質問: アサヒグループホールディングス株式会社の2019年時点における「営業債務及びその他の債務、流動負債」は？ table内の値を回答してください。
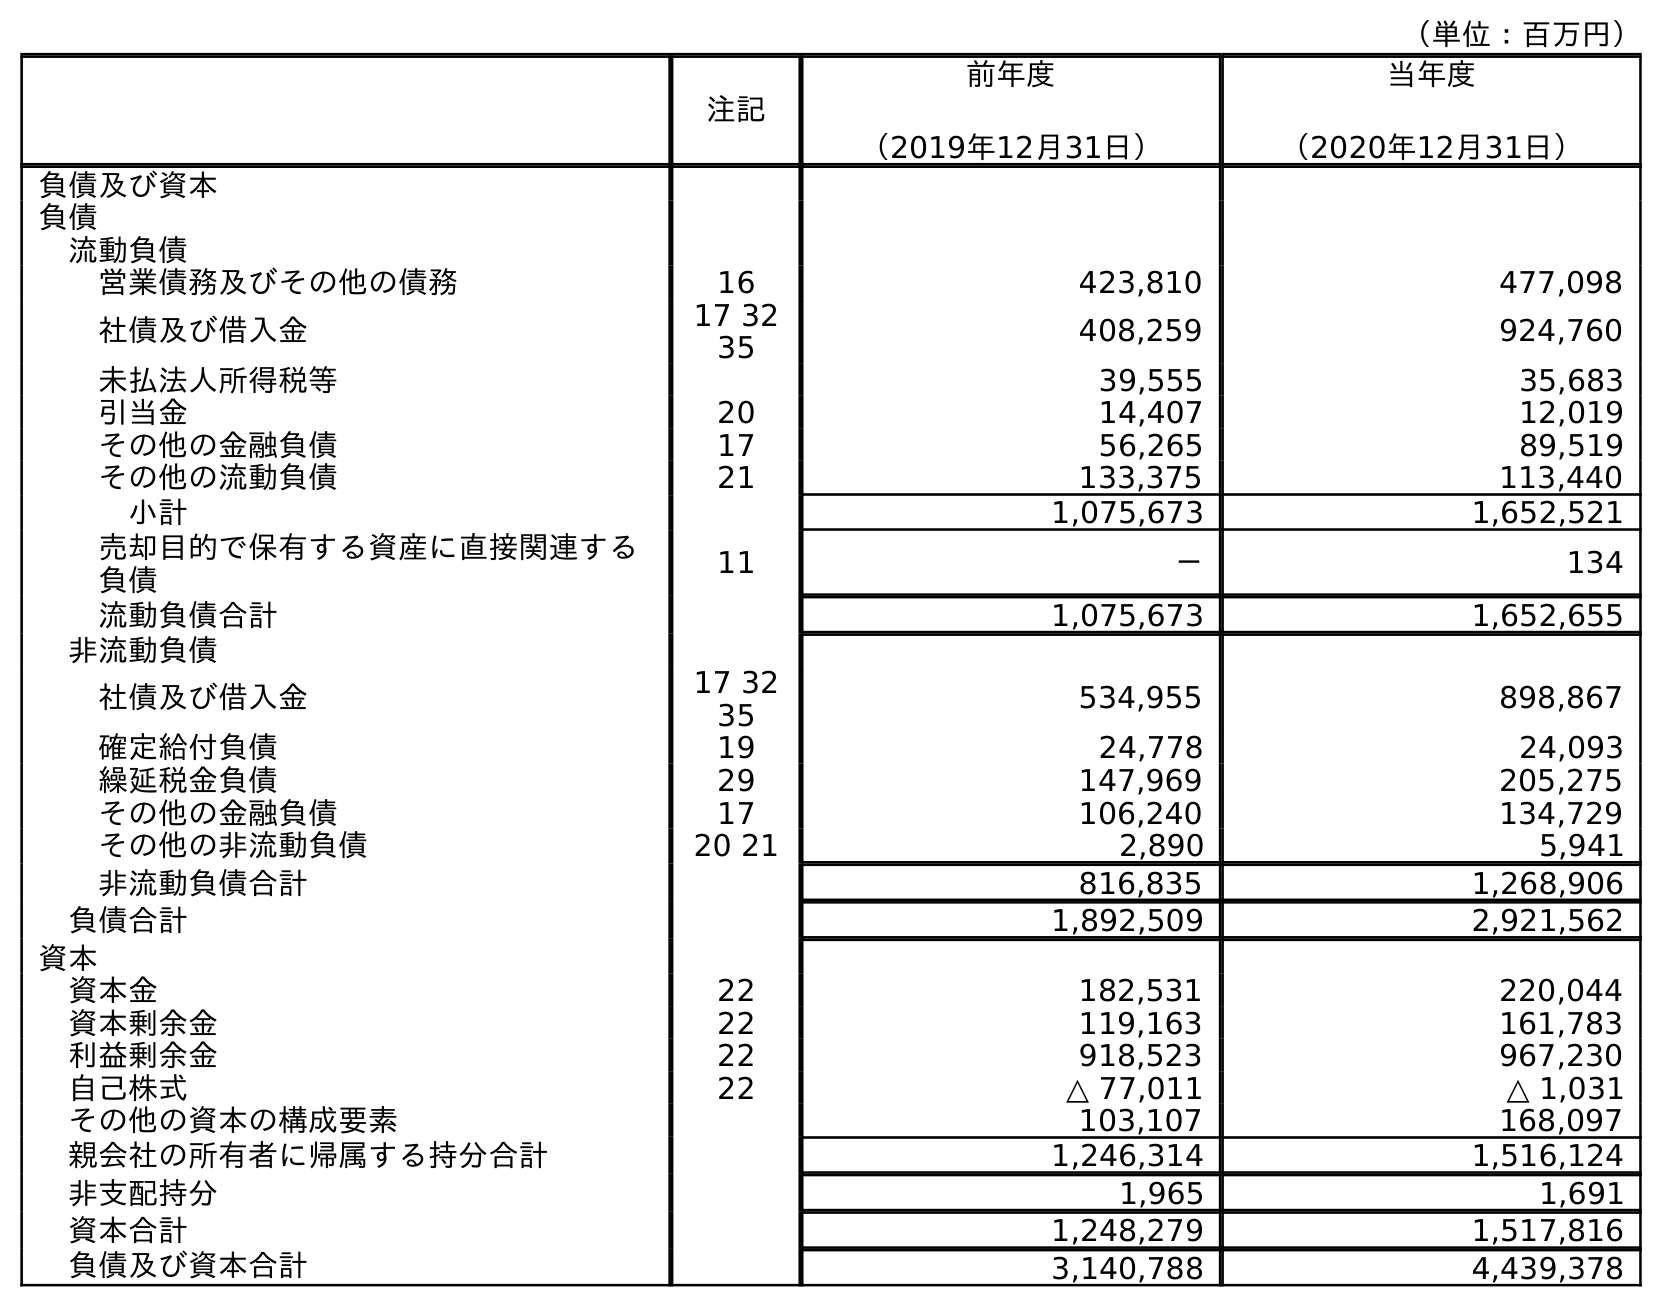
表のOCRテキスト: （単位：百万円） 注記 前年度 （2019年12月31日） 当年度 （2020年12月31日） 負債及び資本 負債 流動負債 営業債務及びその他の債務 16 423,810 477,098 社債及び借入金 17 32 35 408,259 924,760 未払法人所得税等 39,555 35,683 引当金 20 14,407 12,019 その他の金融負債 17 56,265 89,519 その他の流動負債 21 133,375 113,440 小計 1,075,673 1,652,521 売却目的で保有する資産に直接関連する 負債 11 － 134 流動負債合計 1,075,673 1,652,655 非流動負債 社債及び借入金 17 32 35 534,955 898,867 確定給付負債 19 24,778 24,093 繰延税金負債 29 147,969 205,275 その他の金融負債 17 106,240 134,729 その他の非流動負債 20 21 2,890 5,941 非流動負債合計 816,835 1,268,906 負債合計 1,892,509 2,921,562 資本 資本金 22 182,531 220,044 資本剰余金 22 119,163 161,783 利益剰余金 22 918,523 967,230 自己株式 22 △ 77,011 △ 1,031 その他の資本の構成要素 103,107 168,097 親会社の所有者に帰属する持分合計 1,246,314 1,516,124 非支配持分 1,965 1,691 資本合計 1,248,279 1,517,816 負債及び資本合計 3,140,788 4,439,378
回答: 423,810